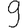
Digit: 9